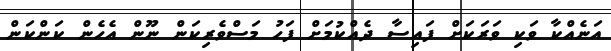
އަނެއްކާ ވަކި ވަރަކަށް ފައިސާ ދެއްކުމަށް ފަހު މަސްވެރިކަން ނޫން އެހެން ކަންކަން